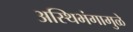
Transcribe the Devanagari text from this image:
अस्थिभंगामुळे